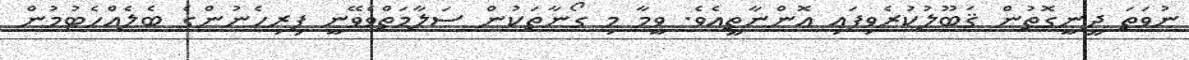
ނުވަތަ ދީނީގޮތުން ޤަބޫލުކުރެވިފައި އޮންނާތީއެވެ. ވީމާ މި ގޯނާތަކުން ސަލާމަތްވެވޭނީ ފިރިހެނުންގެ ބެލެއްހެޓުމުން